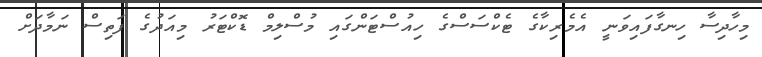
މިހާދިސާ ހިނގާފައިވަނީ އެމެރިކާގެ ޓެކްސަސްގެ ހިއުސްޓަންގައި މުސްލިމް ޑޮކްޓަރު މިއަދުގެ ފަތިސް ނަމާދަށް